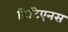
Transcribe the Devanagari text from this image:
टिटिएनस